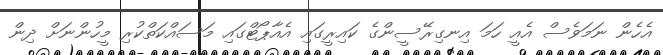
އެހެން ނަމަވެސް އެއީ ހަމަ އިނގިރޭސީންގެ ކައިރީގައި އެއާޕޯޓްގައި މަސައްކަތްކުރި މީހުންނަށް ދިން